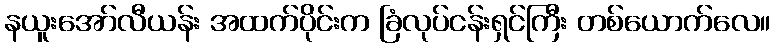
နယူးအော်လီယန်း အထက်ပိုင်းက ခြံလုပ်ငန်းရှင်ကြီး တစ်ယောက်လေ။